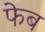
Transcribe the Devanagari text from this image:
फेब